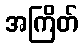
အကြိတ်